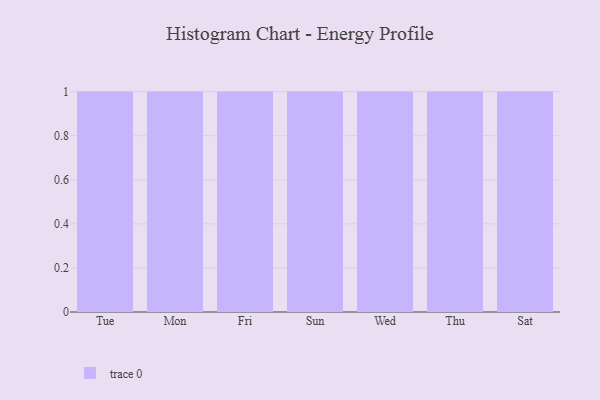
{"axis": {"x": "Day", "y": "Latency (ms)"}, "legend": [""], "data": [{"x": "Tue", "y": 31, "type": ""}, {"x": "Mon", "y": 70, "type": ""}, {"x": "Fri", "y": 71, "type": ""}, {"x": "Sun", "y": 66, "type": ""}, {"x": "Wed", "y": 98, "type": ""}, {"x": "Thu", "y": 10, "type": ""}, {"x": "Sat", "y": 16, "type": ""}]}